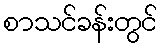
စာသင်ခန်းတွင်